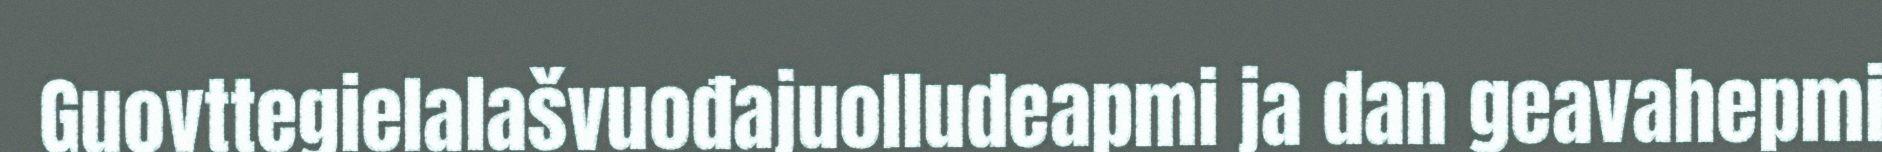
Guovttegielalašvuođajuolludeapmi ja dan geavahepmi